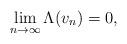
LaTeX: \begin{align*}\lim_{n\to \infty}\Lambda(v_n)=0,\end{align*}